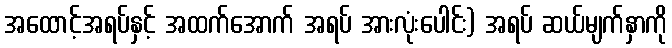
အထောင့်အရပ်နှင့် အထက်အောက် အရပ် အားလုံးပေါင်း) အရပ် ဆယ်မျက်နှာကို